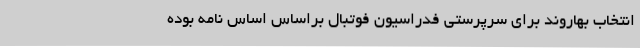
انتخاب بهاروند برای سرپرستی فدراسیون فوتبال براساس اساس نامه بوده